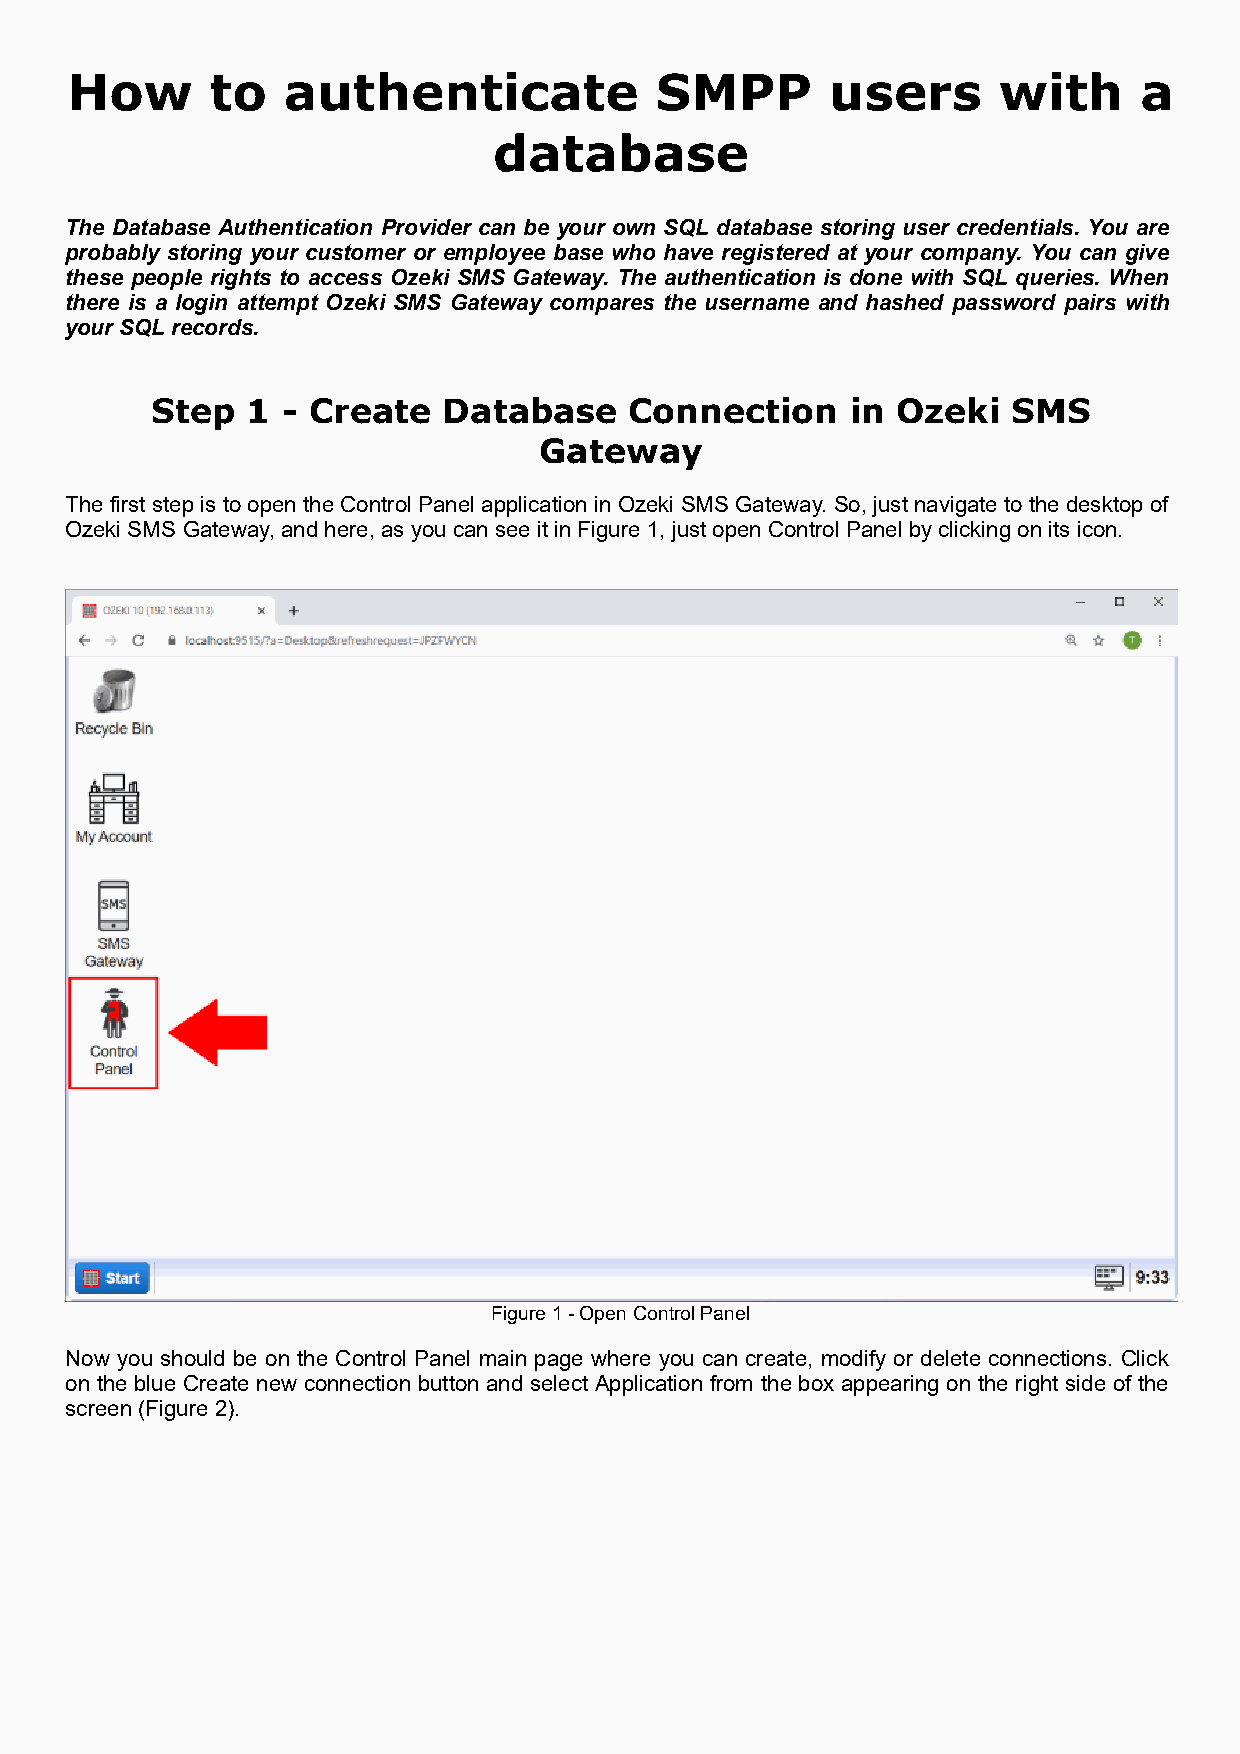
How       to   authenticate            SMPP        users      with      a
 database
 The Database Authentication Provider can be your own SQL database storing user credentials. You are
 probably storing your customer or employee base who have registered at your company. You can give
 these people rights to access Ozeki SMS Gateway. The authentication is done with SQL queries. When
 there is a login attempt Ozeki SMS Gateway compares the username and hashed password pairs with
 your SQL records.
 Step  1  - Create  Database     Connection    in Ozeki   SMS
 Gateway
 The first step is to open the Control Panel application in Ozeki SMS Gateway. So, just navigate to the desktop of
 Ozeki SMS Gateway, and here, as you can see it in Figure 1, just open Control Panel by clicking on its icon.
 Figure 1 - Open Control Panel
 Now you should be on the Control Panel main page where you can create, modify or delete connections. Click
 on the blue Create new connection button and select Application from the box appearing on the right side of the
 screen (Figure 2).